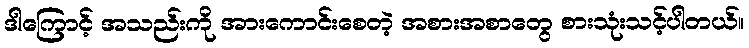
ဒါကြောင့် အသည်းကို အားကောင်းစေတဲ့ အစားအစာတွေ စားသုံးသင့်ပါတယ်။